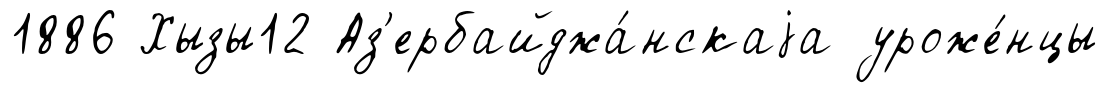
1886 Хызы12 Аз'ербайджа́нскаjа уроже́нцы